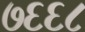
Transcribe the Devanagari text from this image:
७६६८